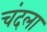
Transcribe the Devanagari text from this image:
चंदला